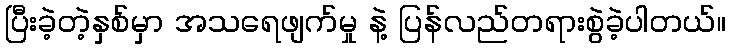
ပြီးခဲ့တဲ့နှစ်မှာ အသရေဖျက်မှု နဲ့ ပြန်လည်တရားစွဲခဲ့ပါတယ်။